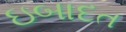
ઇબાદત